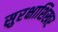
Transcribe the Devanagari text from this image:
सुरक्षाशिखर